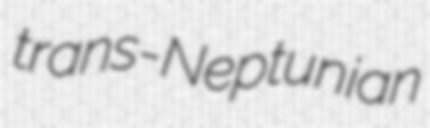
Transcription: trans-Neptunian